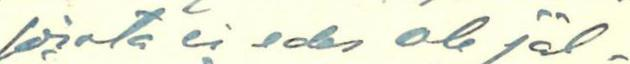
joista ei edes ole jäl-